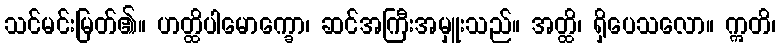
သင်မင်းမြတ်၏။ ဟတ္ထိပါမောက္ခော၊ ဆင်အကြီးအမှူးသည်။ အတ္ထိ၊ ရှိပေသလော။ ဣတိ၊